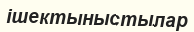
ішектыныстылар